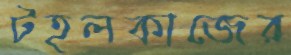
টহলকাজের